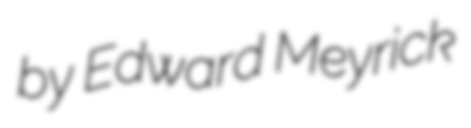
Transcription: by Edward Meyrick